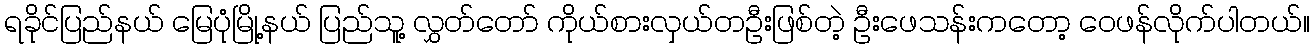
ရခိုင်ပြည်နယ် မြေပုံမြို့နယ် ပြည်သူ့ လွှတ်တော် ကိုယ်စားလှယ်တဦးဖြစ်တဲ့ ဦးဖေသန်းကတော့ ဝေဖန်လိုက်ပါတယ်။